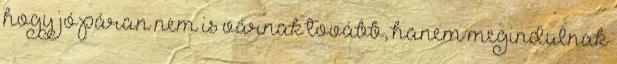
hogy jó páran nem is várnak tovább, hanem megindulnak